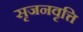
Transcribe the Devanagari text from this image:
सृजनवृत्ति